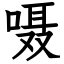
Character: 嗫